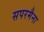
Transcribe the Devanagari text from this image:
सपरमैना